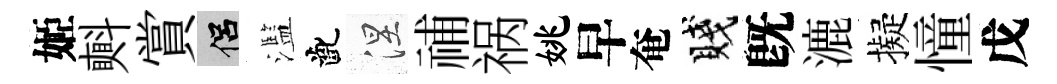
姬㪺賞侣濫齔涅𥙷祸姚早奄賤旣漉擬憧戊